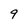
Character: 9